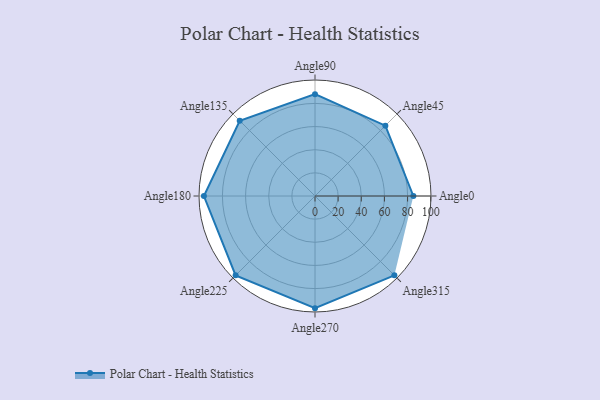
{"axis": {"x": "Angle", "y": "Radius"}, "legend": [""], "data": [{"x": "Angle0", "y": 85.0, "type": ""}, {"x": "Angle45", "y": 86.0, "type": ""}, {"x": "Angle90", "y": 88.0, "type": ""}, {"x": "Angle135", "y": 92.0, "type": ""}, {"x": "Angle180", "y": 96.0, "type": ""}, {"x": "Angle225", "y": 97.0, "type": ""}, {"x": "Angle270", "y": 97.0, "type": ""}, {"x": "Angle315", "y": 97.0, "type": ""}]}